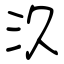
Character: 汣